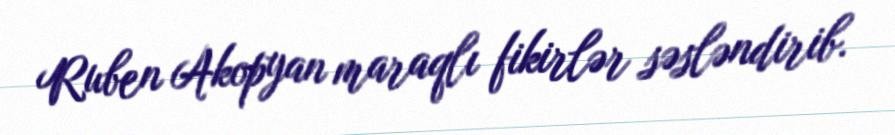
Ruben Akopyan maraqlı fikirlər səsləndirib.